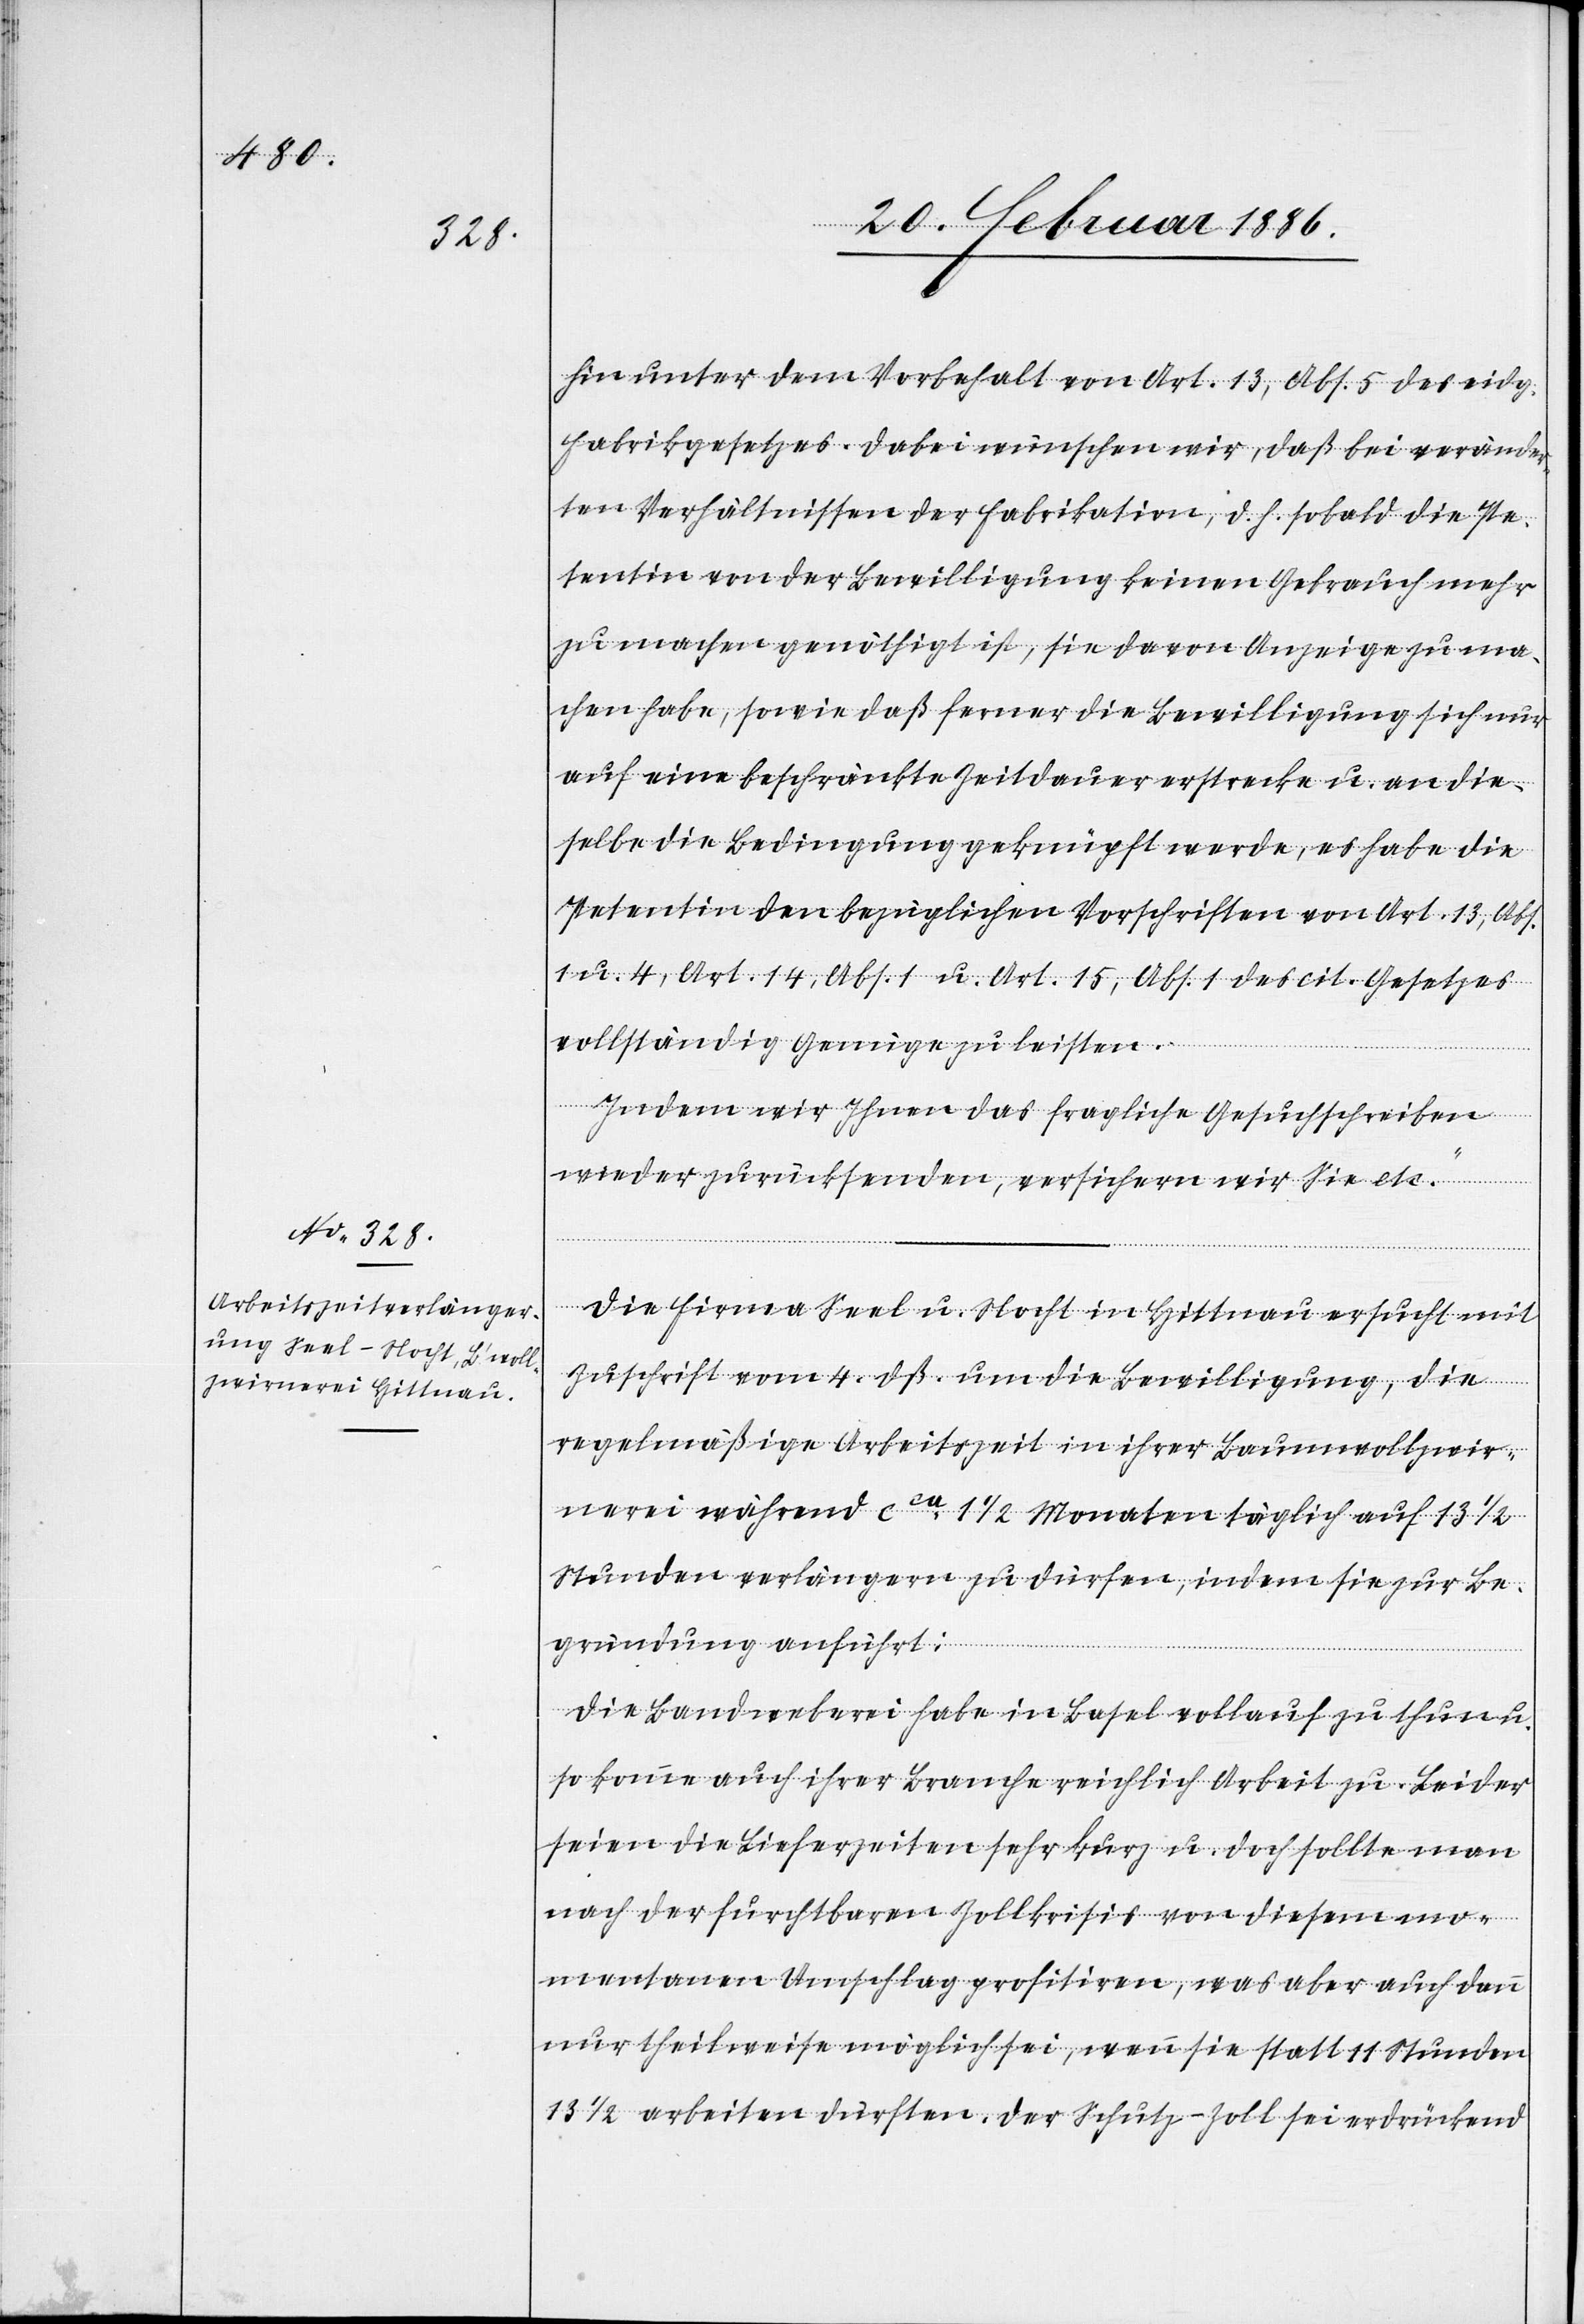
hin unter dem Vorbehalt von Art. 13, Abs. 5 des eidg.
Fabrikgesetzes. Dabei wünschen wir, daß bei unveränder¬
ten Verhältnissen der Fabrikation, d. h. sobald die Pe¬
tentin von der Bewilligung keinen Gebrauch mehr
zu machen genöthigt ist, sie davon Anzeige zu ma¬
chen habe, sowie daß ferner die Bewilligung sich nur
auf eine beschränkte Zeitdauer erstrecke u. an die¬
selbe die Bedingung geknüpft werde, es habe die
Petentin den bezüglichen Vorschriften von Art. 13, Abs.
u. 4, Art. 14, Abs. 1 u. Art 15, Abs. 1 des cit. Gesetzes
vollständig Genüge zu leisten.
Indem wir Ihnen das fragliche Gesuchschreiben
wieder zurücksenden, versichern wir Sie etc“.
Die Firma Seel u. Nocht in Hittnau ersucht mit
Zuschrift vom 4. dß um die Bewilligung, die
regelmäßige Arbeitszeit in ihrer Baumwollzwir¬
nerei während cca 1 1/2 Monaten täglich auf 13 1/2
Stunden verlängern zu dürfen, indem sie zur Be¬
gründung anführt:
Die Landweberei habe in Basel vollauf zu thun u.
so komme auch ihrer Branche reichlich Arbeit zu. Leider
seien die Lieferzeiten sehr kurz u. doch sollte man
nach der furchtbaren Zollkrisis von diesem mo¬
mentanen Umschlag profitiren, was aber auch dann
nur theilweise möglich sei, wenn sie statt 11 Stunden
13 1/2 arbeiten dürften. Der Schutz-Zoll sei drückend